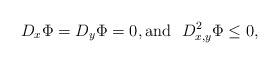
LaTeX: \begin{align*}D_x \Phi = D_y\Phi =0, {\rm and} \ \ D^2_{x,y}\Phi \le 0,\end{align*}